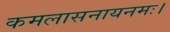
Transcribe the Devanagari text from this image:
कमलासनायनमः।